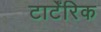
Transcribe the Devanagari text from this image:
टार्टेंरिक